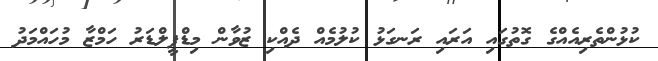
ކުޅުންތެރިއެއްގެ ގޮތުގައި އަރައި ރަނގަޅު ކުލުމެއް ދެއްކި ޒުވާން މިޑްފީލްޑަރު ހަމްޒާ މުހައްމަދު